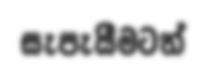
සැපැයීමටත්